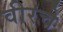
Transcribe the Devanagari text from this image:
वीरचे